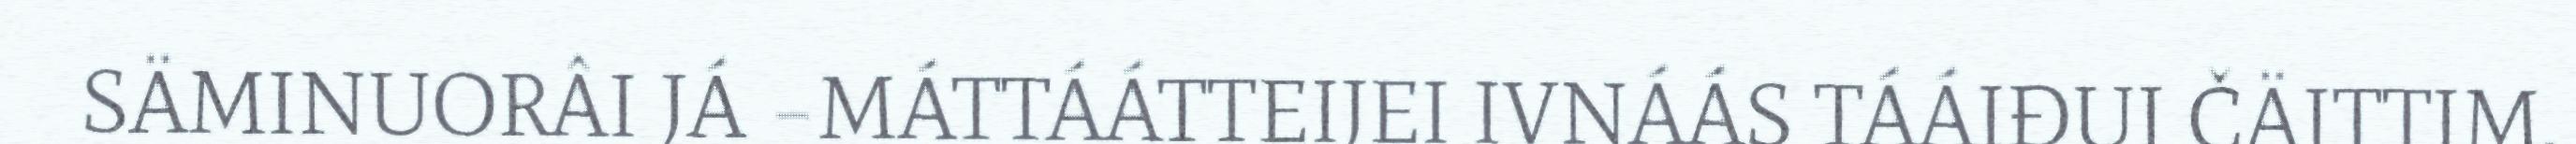
SÄMINUORÂI JÁ –MÁTTÁÁTTEIJEI IVNÁÁS TÁÁIĐUI ČÄITTIM.